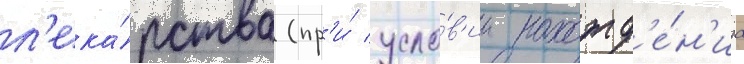
л'ека́рства (пр'и́ усло́в'ии нахожд'е́н'иа